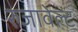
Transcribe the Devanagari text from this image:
रुजावेल्ट